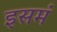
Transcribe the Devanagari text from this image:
इसमं